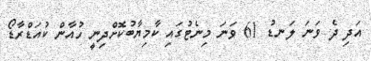
އަދި ދެ ވަނަ ލަނޑު 61 ވަނަ މިނެޓުގައި ކާމިޔާބުކޮށްދިނީ ހުއާން ކުއަޑްރާޑޯ